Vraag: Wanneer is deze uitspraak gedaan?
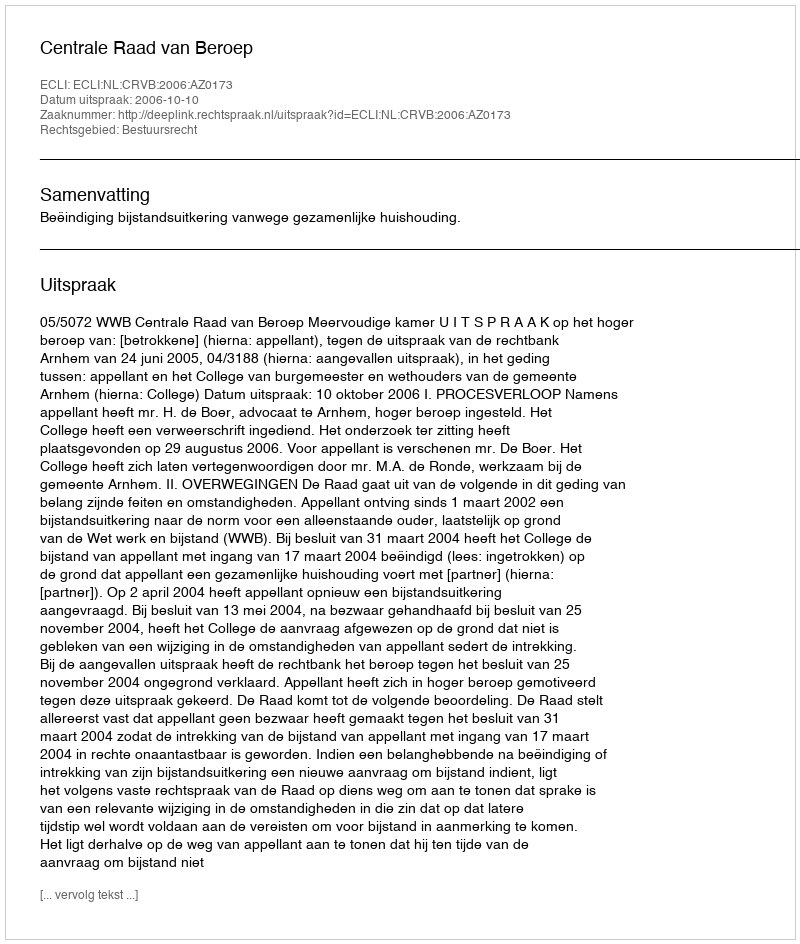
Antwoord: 2006-10-10